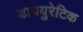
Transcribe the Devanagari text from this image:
डाययुरेटिक